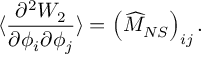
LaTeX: \langle \frac { \partial ^ { 2 } W _ { 2 } } { \partial \phi _ { i } \partial \phi _ { j } } \rangle = \left( \widehat { M } _ { N S } \right) _ { i j } .